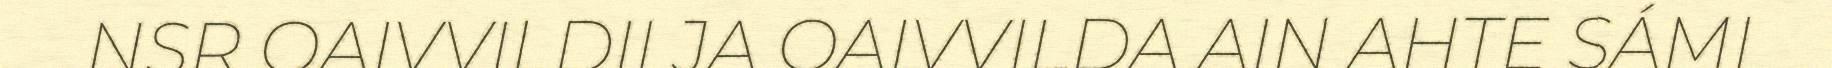
NSR OAIVVILDII JA OAIVVILDA AIN AHTE SÁMI